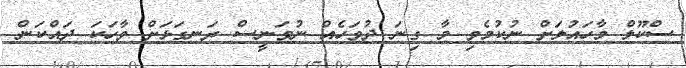
ސްކޫލް މާހައުލަށް ނުކުމެވި މާ ގިނަ ދުވަހެއް ނުވަނީސް ރަނގަޅަށް ވާހަކަ ދައްކަން